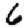
Digit: 6